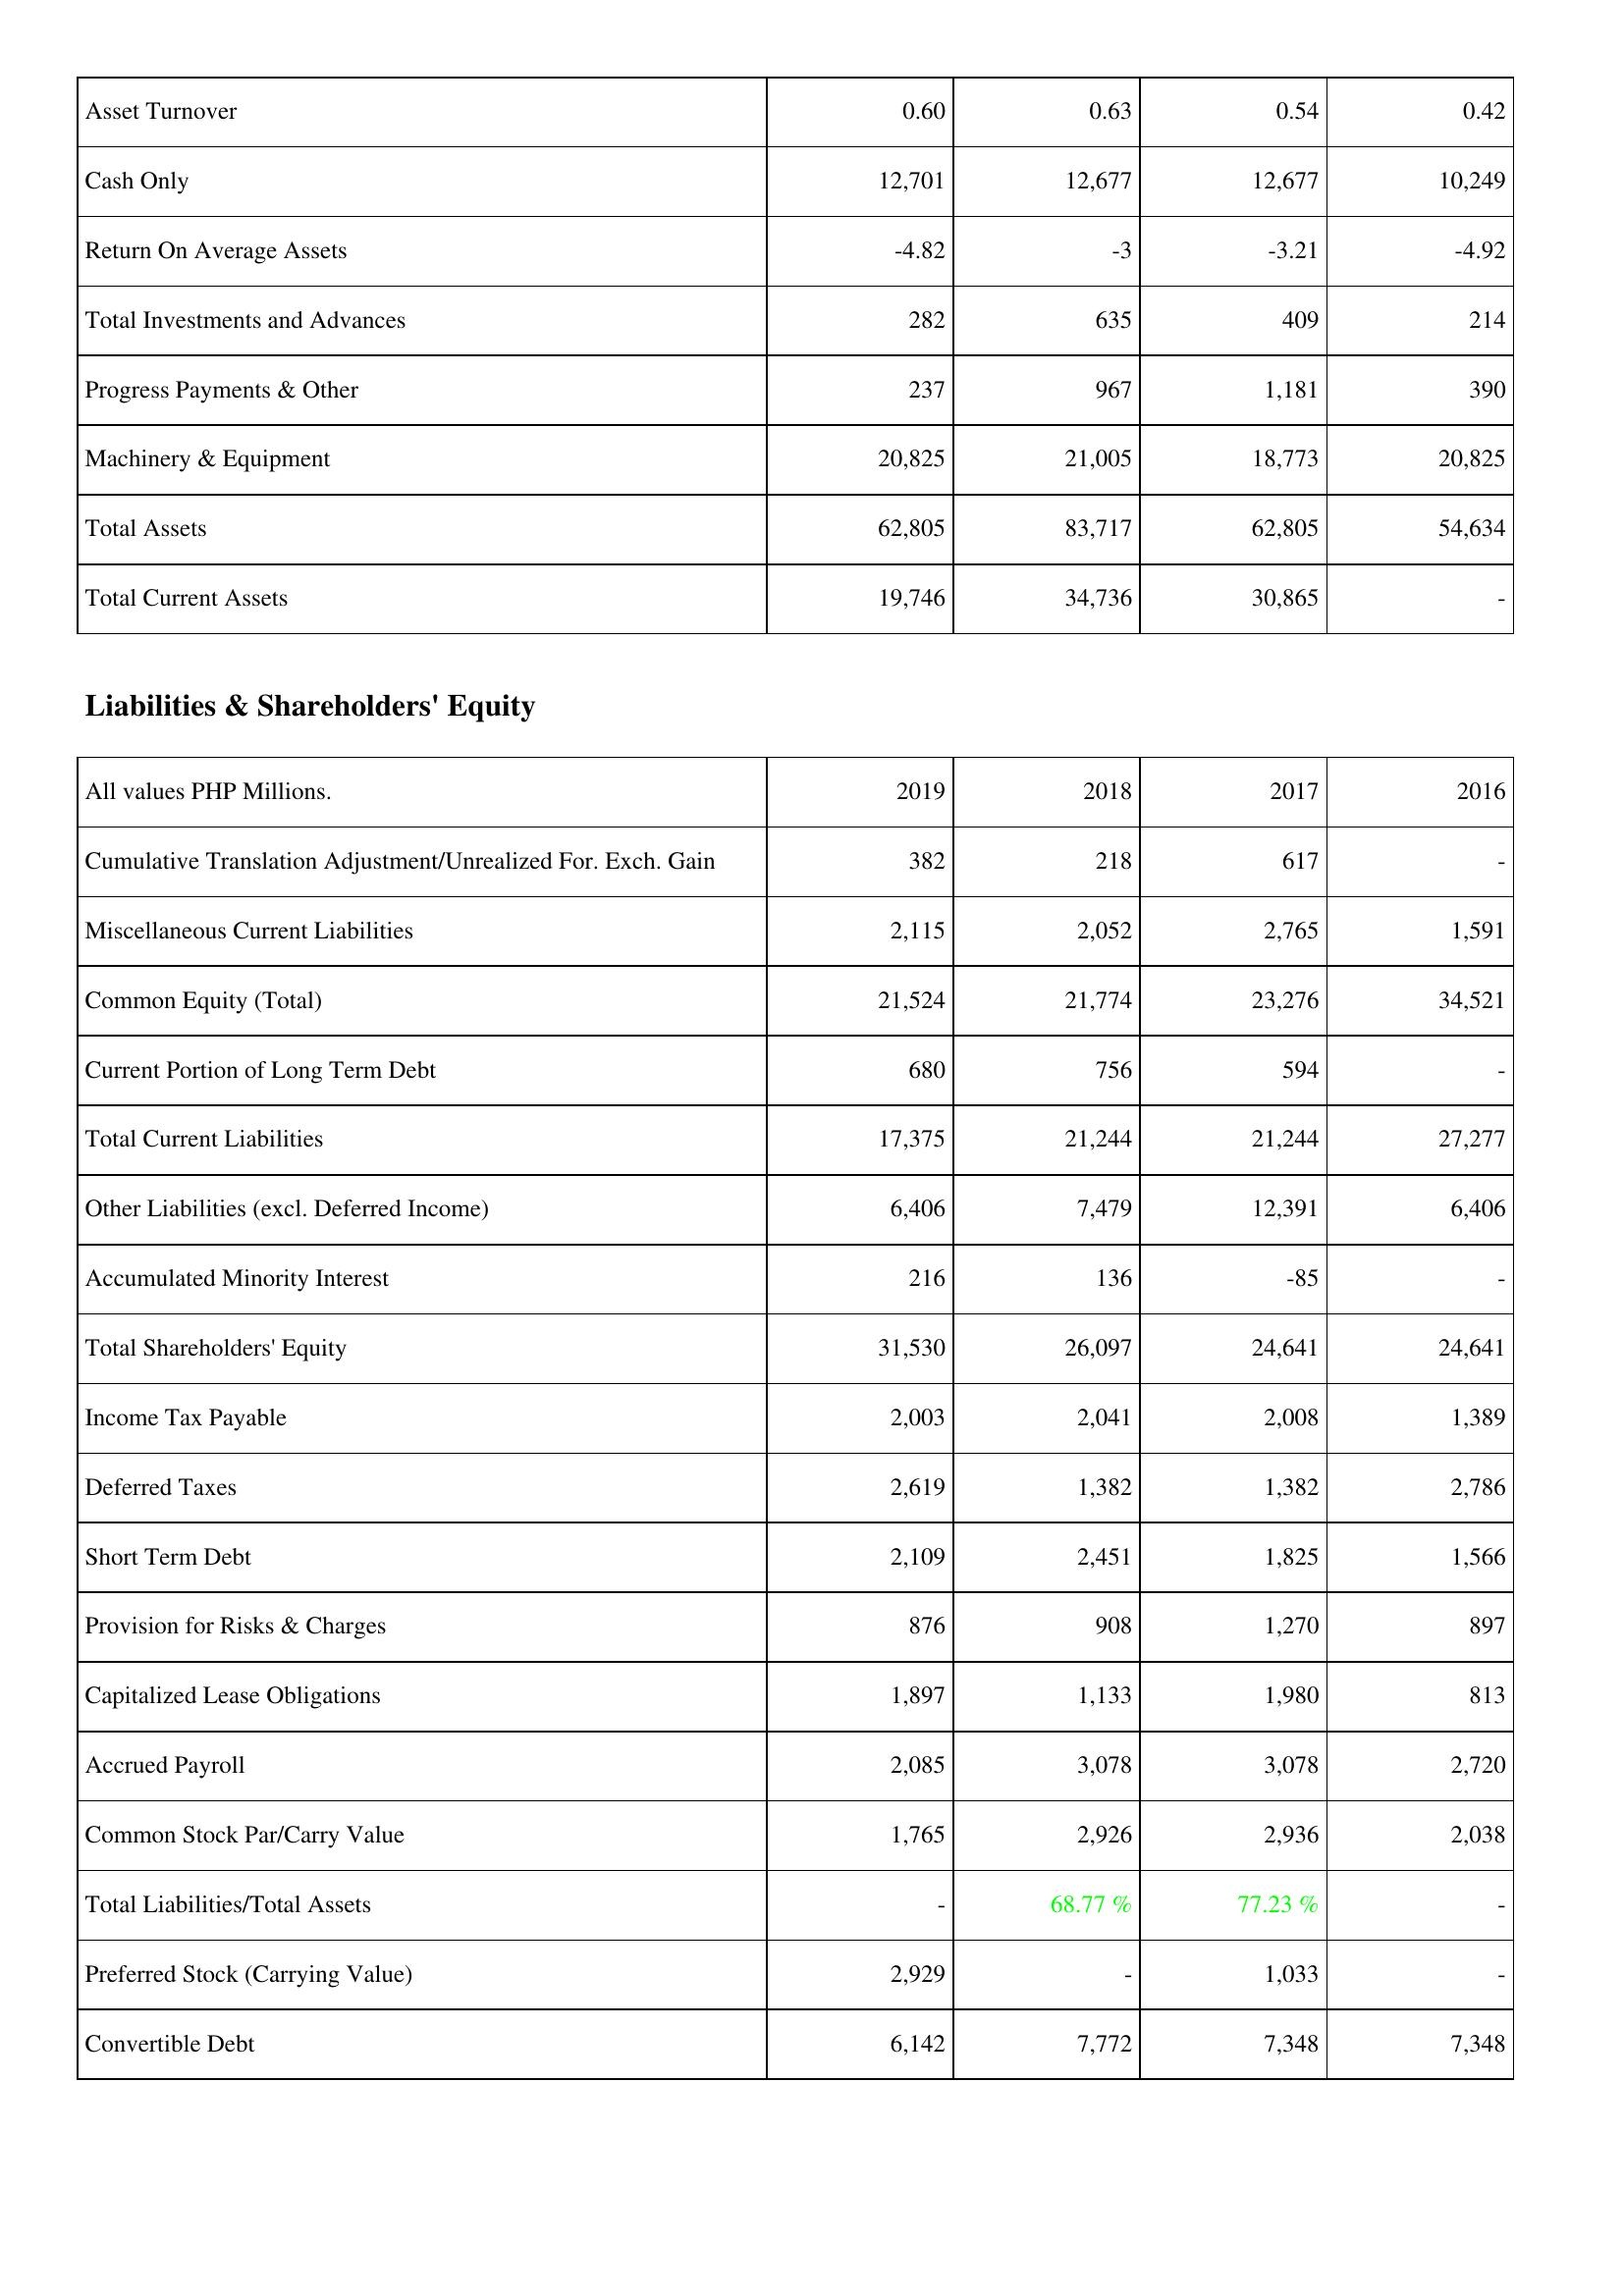
2019: Assets: Asset Turnover: 0.60
Cash Only: 12,701
Return On Average Assets: -4.82
Total Investments and Advances: 282
Progress Payments & Other: 237
Machinery & Equipment: 20,825
Total Assets: 62,805
Total Current Assets: 19,746
Liabilities & Shareholders' Equity: Cumulative Translation Adjustment/Unrealized For. Exch. Gain: 382
Miscellaneous Current Liabilities: 2,115
Common Equity (Total): 21,524
Current Portion of Long Term Debt: 680
Total Current Liabilities: 17,375
Other Liabilities (excl. Deferred Income): 6,406
Accumulated Minority Interest: 216
Total Shareholders' Equity: 31,530
Income Tax Payable: 2,003
Deferred Taxes: 2,619
Short Term Debt: 2,109
Provision for Risks & Charges: 876
Capitalized Lease Obligations: 1,897
Accrued Payroll: 2,085
Common Stock Par/Carry Value: 1,765
Total Liabilities/Total Assets: -
Preferred Stock (Carrying Value): 2,929
Convertible Debt: 6,142
2018: Assets: Asset Turnover: 0.63
Cash Only: 12,677
Return On Average Assets: -3
Total Investments and Advances: 635
Progress Payments & Other: 967
Machinery & Equipment: 21,005
Total Assets: 83,717
Total Current Assets: 34,736
Liabilities & Shareholders' Equity: Cumulative Translation Adjustment/Unrealized For. Exch. Gain: 218
Miscellaneous Current Liabilities: 2,052
Common Equity (Total): 21,774
Current Portion of Long Term Debt: 756
Total Current Liabilities: 21,244
Other Liabilities (excl. Deferred Income): 7,479
Accumulated Minority Interest: 136
Total Shareholders' Equity: 26,097
Income Tax Payable: 2,041
Deferred Taxes: 1,382
Short Term Debt: 2,451
Provision for Risks & Charges: 908
Capitalized Lease Obligations: 1,133
Accrued Payroll: 3,078
Common Stock Par/Carry Value: 2,926
Total Liabilities/Total Assets: 68.77 %
Preferred Stock (Carrying Value): -
Convertible Debt: 7,772
2017: Assets: Asset Turnover: 0.54
Cash Only: 12,677
Return On Average Assets: -3.21
Total Investments and Advances: 409
Progress Payments & Other: 1,181
Machinery & Equipment: 18,773
Total Assets: 62,805
Total Current Assets: 30,865
Liabilities & Shareholders' Equity: Cumulative Translation Adjustment/Unrealized For. Exch. Gain: 617
Miscellaneous Current Liabilities: 2,765
Common Equity (Total): 23,276
Current Portion of Long Term Debt: 594
Total Current Liabilities: 21,244
Other Liabilities (excl. Deferred Income): 12,391
Accumulated Minority Interest: -85
Total Shareholders' Equity: 24,641
Income Tax Payable: 2,008
Deferred Taxes: 1,382
Short Term Debt: 1,825
Provision for Risks & Charges: 1,270
Capitalized Lease Obligations: 1,980
Accrued Payroll: 3,078
Common Stock Par/Carry Value: 2,936
Total Liabilities/Total Assets: 77.23 %
Preferred Stock (Carrying Value): 1,033
Convertible Debt: 7,348
2016: Assets: Asset Turnover: 0.42
Cash Only: 10,249
Return On Average Assets: -4.92
Total Investments and Advances: 214
Progress Payments & Other: 390
Machinery & Equipment: 20,825
Total Assets: 54,634
Total Current Assets: -
Liabilities & Shareholders' Equity: Cumulative Translation Adjustment/Unrealized For. Exch. Gain: -
Miscellaneous Current Liabilities: 1,591
Common Equity (Total): 34,521
Current Portion of Long Term Debt: -
Total Current Liabilities: 27,277
Other Liabilities (excl. Deferred Income): 6,406
Accumulated Minority Interest: -
Total Shareholders' Equity: 24,641
Income Tax Payable: 1,389
Deferred Taxes: 2,786
Short Term Debt: 1,566
Provision for Risks & Charges: 897
Capitalized Lease Obligations: 813
Accrued Payroll: 2,720
Common Stock Par/Carry Value: 2,038
Total Liabilities/Total Assets: -
Preferred Stock (Carrying Value): -
Convertible Debt: 7,348